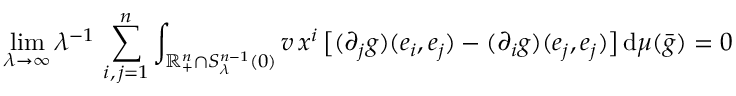
\operatorname* { l i m } _ { \lambda \to \infty } \lambda ^ { - 1 } \, \sum _ { i , \, j = 1 } ^ { n } \int _ { \mathbb { R } _ { + } ^ { n } \cap { S } _ { \lambda } ^ { n - 1 } ( 0 ) } v \, x ^ { i } \, \big [ ( \partial _ { j } g ) ( e _ { i } , e _ { j } ) - ( \partial _ { i } g ) ( e _ { j } , e _ { j } ) \big ] \, \mathrm { d } \mu ( \bar { g } ) = 0